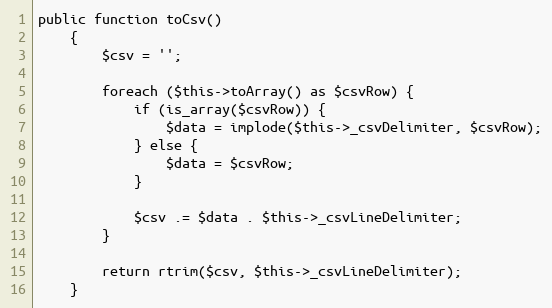
Language: PHP
public function toCsv()
    {
        $csv = '';

        foreach ($this->toArray() as $csvRow) {
            if (is_array($csvRow)) {
                $data = implode($this->_csvDelimiter, $csvRow);
            } else {
                $data = $csvRow;
            }

            $csv .= $data . $this->_csvLineDelimiter;
        }

        return rtrim($csv, $this->_csvLineDelimiter);
    }